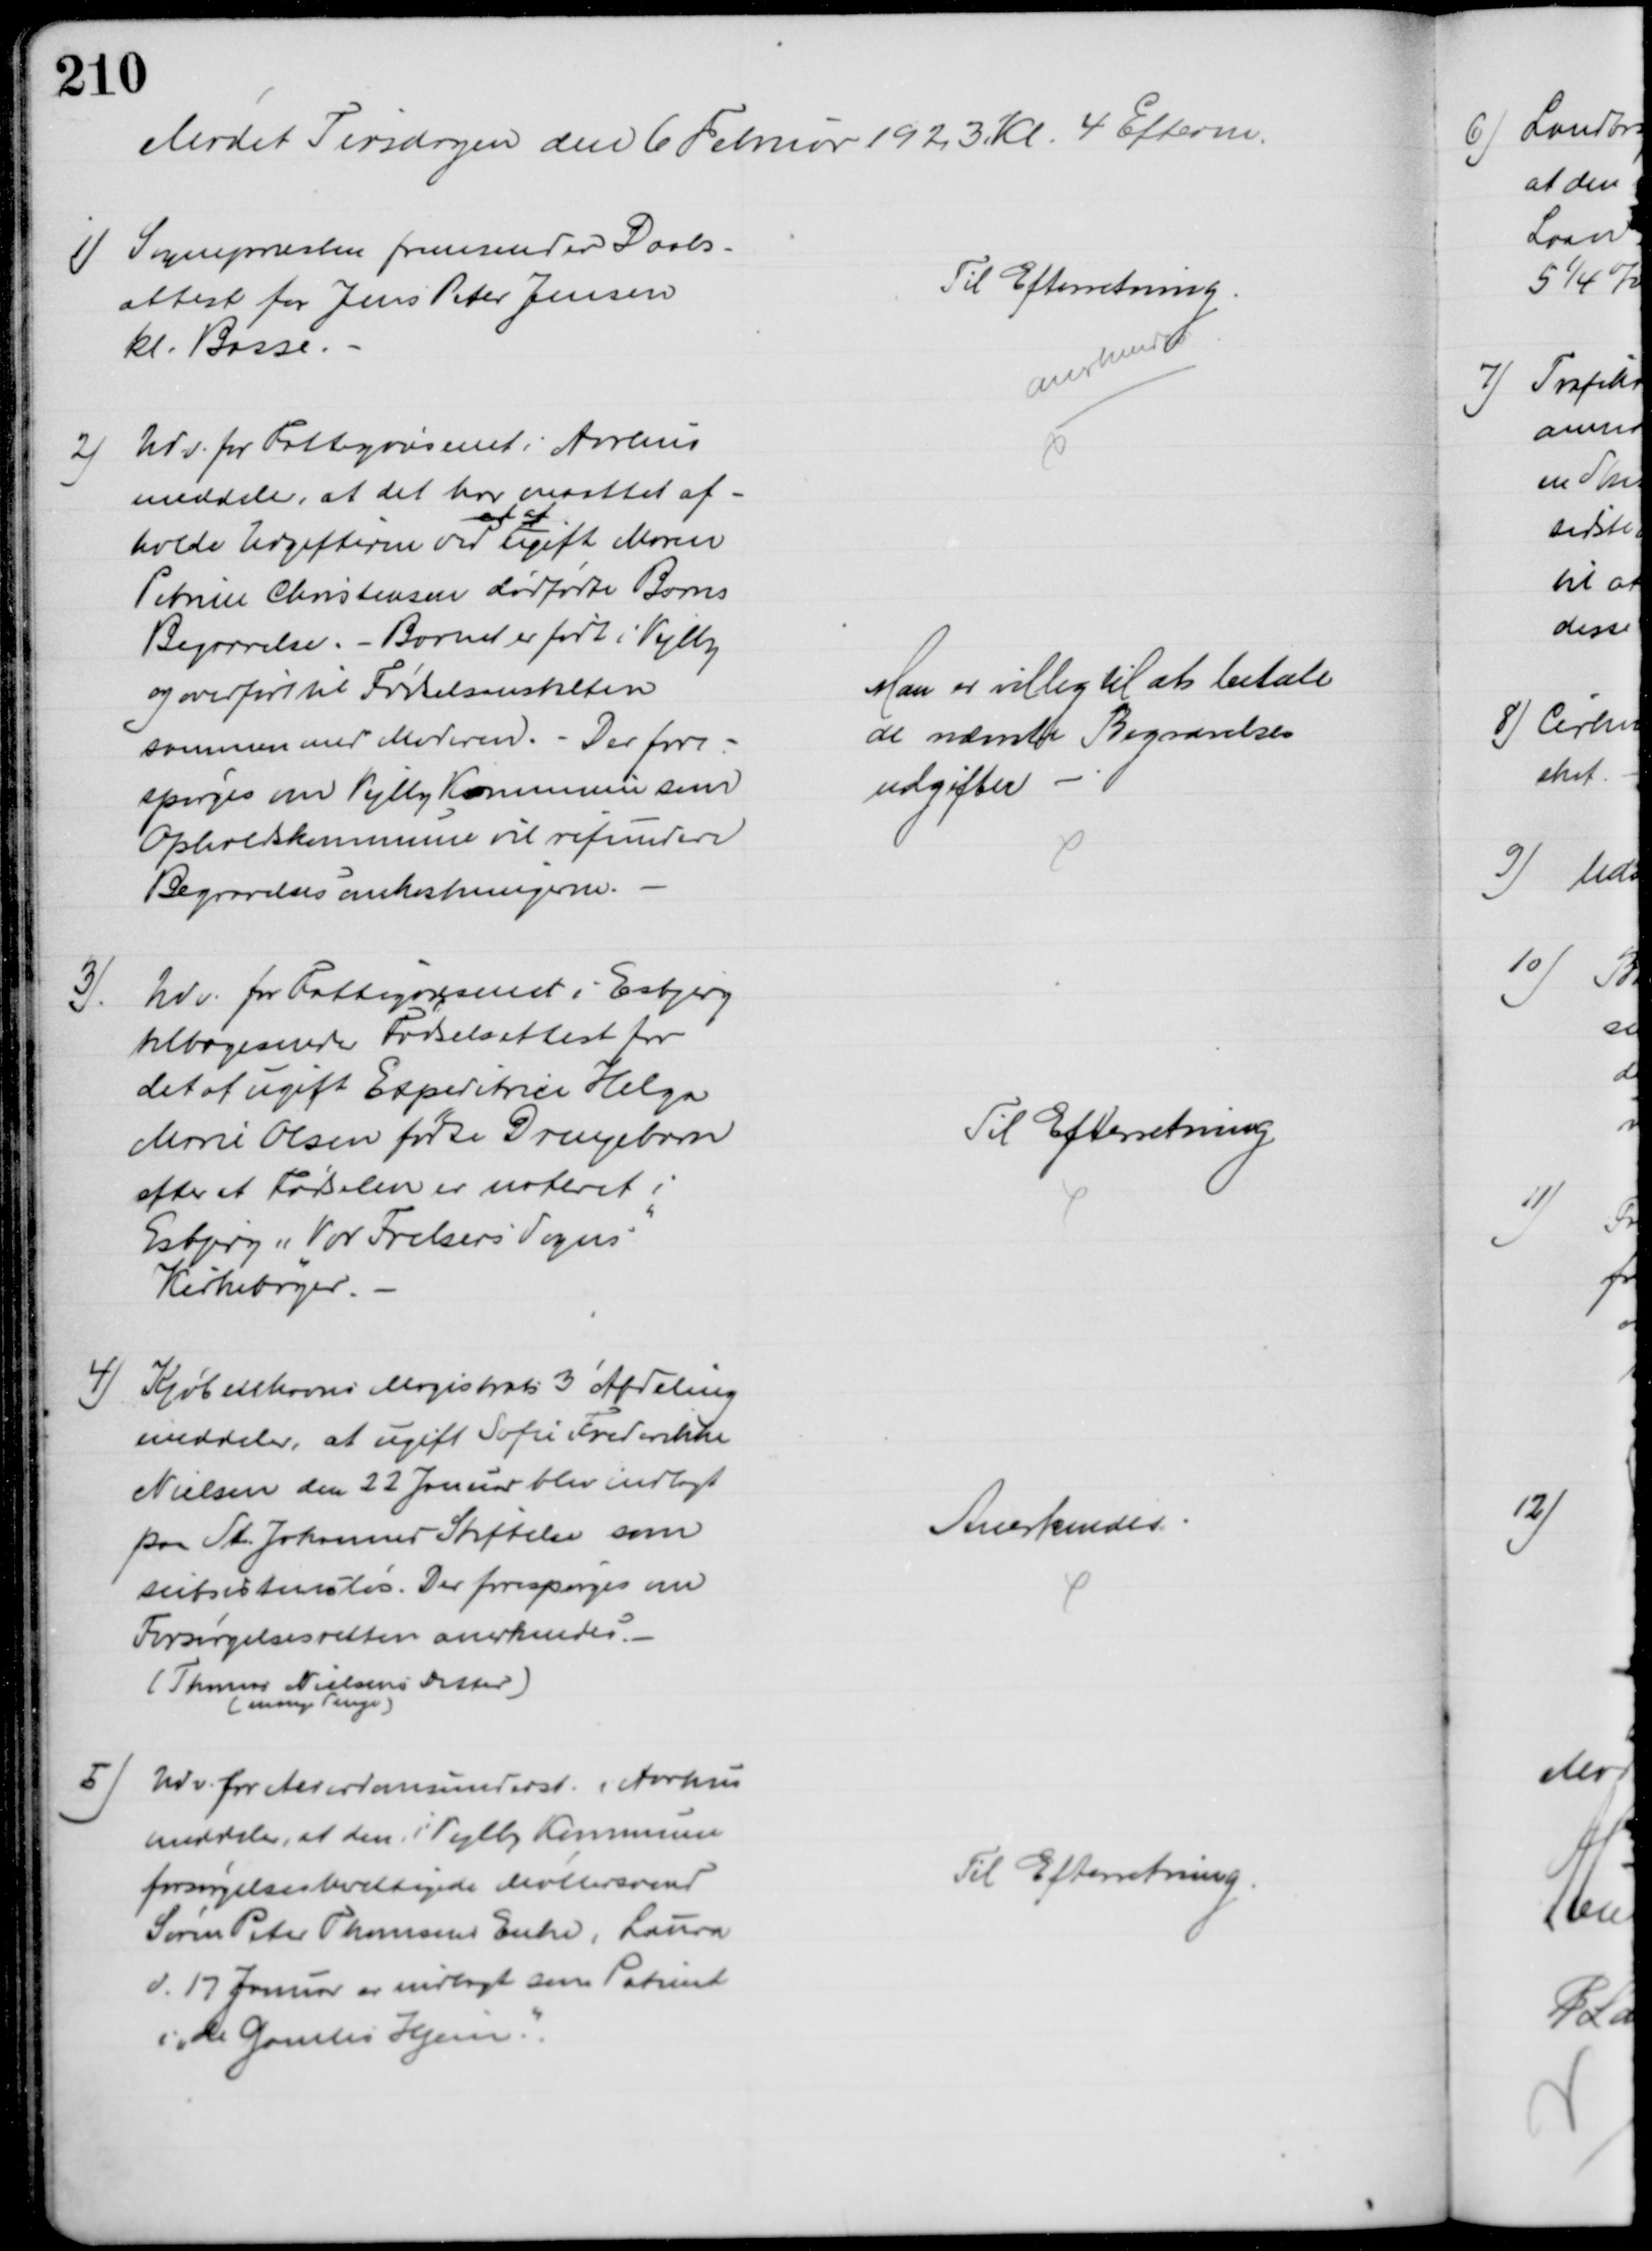
Transskription:
Mødet Tirsdagen den 6 Februar 1923. Kl. 4 Efterm.
1) Sognepræsten fremsender Daabs-
attest for Jens Peter Jensen
kl. Basse.
Til Efterretning
anerkendt
2)
Udv. for Fattigvæsenet i Aarhus
meddeler, at det har maattet af-
holde Udgifterne ved 
et af
ugift Maren
Petrine Christensen dødfødte Barns
Begravelse. - Barnet er født i Vejlby
og overført til Fødselsanstalten
sammen med Moderen. Der fore-
spørges om Vejlby Kommune som
Opholdskommune vil refundere
Begravelsesomkostningerne.
Man er villig til at betale
de nævnte Begravelses
udgifter
3).
Udv. for Fattigvæsenet i Esbjerg
tilbagesender Fødselsattest for
det af ugift Expeditrice Helga
Marie Olsen fødte Drengebarn
efter at Fødselen er noteret i
Esbjerg "Vor Frelsers Sogns"
Kirkebøger.
Til Efterretning
4) Kjøbenhavns Magistrats 3' Afdeling
meddeler, at ugift Sofie Frederikke
Nielsen den 22 Januar blev indlagt
paa St. Johannes Stiftelse som
subsistensløs. Der forespørges om
Forsørgelsesretten anerkendes.
(Thomas Nielsens Datter)
(mange Penge)
Anerkendes
5) Udv. for Alderdomsunderst. i Aarhus
meddeler, at den i Vejlby Kommune
forsørgelsesberettigede Møllersvend
Søren Peter Thomsens Enke, Laura
d. 17 Januar er indlagt som Patient
i "de Gamles Hjem."
Til Efterretning